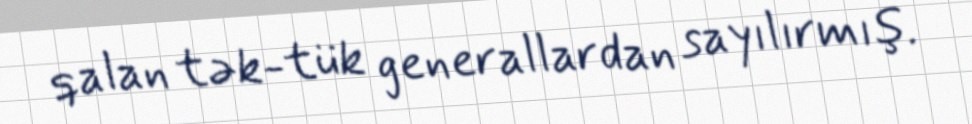
qalan tək-tük generallardan sayılırmış.